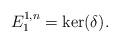
LaTeX: \begin{gather*}E^{1,n}_1 = \ker(\delta) .\end{gather*}